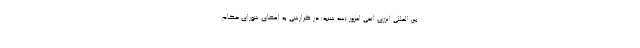
بین المللی انرژی اتمی امروز (سه شنبه) در گزارشی به اعضای شورای حکام